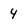
Character: 4